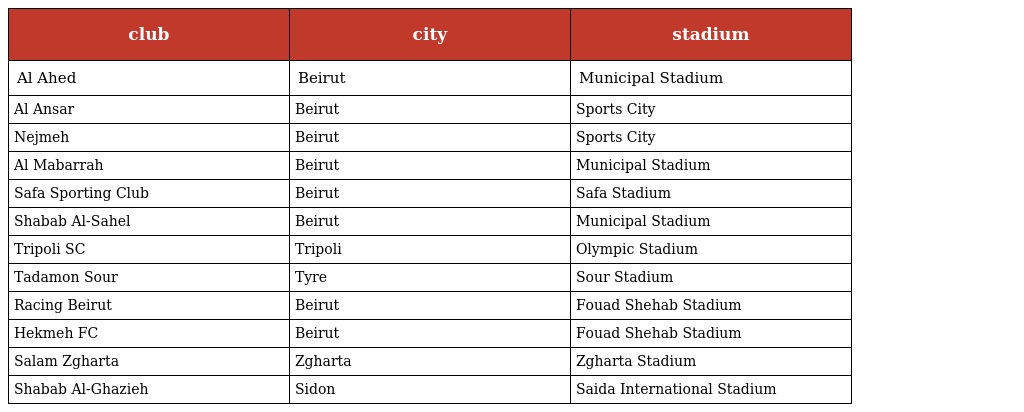
| club | city | stadium |
 | --- | --- | --- |
 | Al Ahed | Beirut | Municipal Stadium |
 | Al Ansar | Beirut | Sports City |
 | Nejmeh | Beirut | Sports City |
 | Al Mabarrah | Beirut | Municipal Stadium |
 | Safa Sporting Club | Beirut | Safa Stadium |
 | Shabab Al-Sahel | Beirut | Municipal Stadium |
 | Tripoli SC | Tripoli | Olympic Stadium |
 | Tadamon Sour | Tyre | Sour Stadium |
 | Racing Beirut | Beirut | Fouad Shehab Stadium |
 | Hekmeh FC | Beirut | Fouad Shehab Stadium |
 | Salam Zgharta | Zgharta | Zgharta Stadium |
 | Shabab Al-Ghazieh | Sidon | Saida International Stadium |